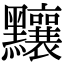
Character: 𪓃